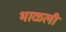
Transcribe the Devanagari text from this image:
भाळली